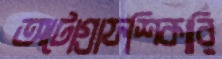
অটোগ্রাফশিকারি